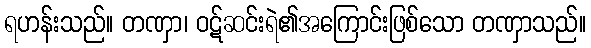
ရဟန်းသည်။ တဏှာ၊ ဝဋ်ဆင်းရဲ၏အကြောင်းဖြစ်သော တဏှာသည်။